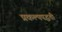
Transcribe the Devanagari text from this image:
प्रकल्पपद्धती